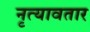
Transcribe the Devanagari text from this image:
नृत्यावतार